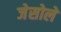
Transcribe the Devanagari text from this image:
जेसोले